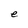
Character: e